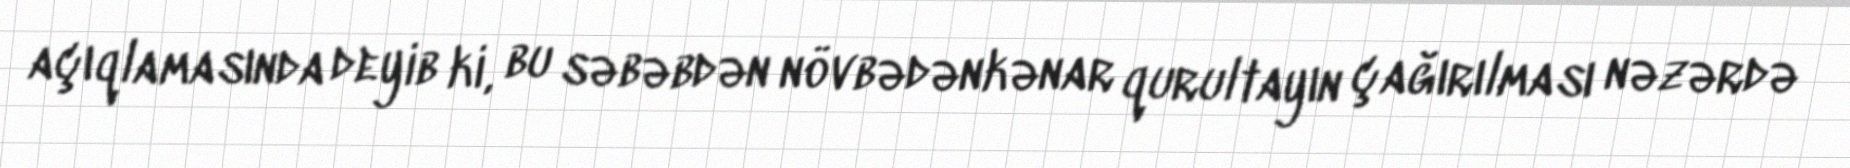
açıqlamasında deyib ki, bu səbəbdən növbədənkənar qurultayın çağırılması nəzərdə